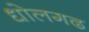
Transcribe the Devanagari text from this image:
धोलगढ